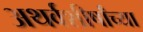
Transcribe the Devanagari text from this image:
अथर्वशीर्षांच्या